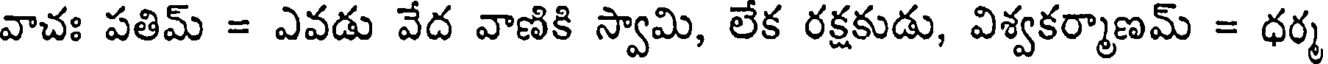
వాచః పతిమ్ = ఎవడు వేద వాణికి స్వామి, లేక రక్షకుడు, విశ్వకర్మాణమ్ = ధర్మ